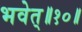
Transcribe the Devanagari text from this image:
भवेत्‌॥१०॥